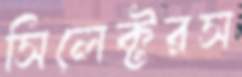
সিলেক্টরস